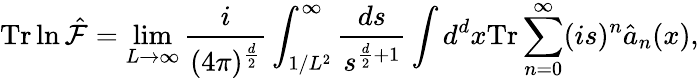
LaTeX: \mathrm{Tr}\ln\hat{\cal F}=\operatorname*{lim}_{L\rightarrow\infty}\frac{i}{(4\pi)^{\frac{d}{2}}}\int_{1/L^{2}}^{\infty}\frac{ds}{s^{\frac{d}{2}+1}}\int d^{d}x\mathrm{Tr}\sum_{n=0}^{\infty}(is)^{n}\hat{a}_{n}(x),